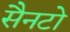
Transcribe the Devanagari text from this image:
सैनटो